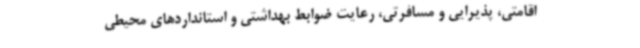
اقامتی، پذیرایی و مسافرتی، رعایت ضوابط بهداشتی و استانداردهای محیطی